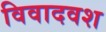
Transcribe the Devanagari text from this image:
विवादवश